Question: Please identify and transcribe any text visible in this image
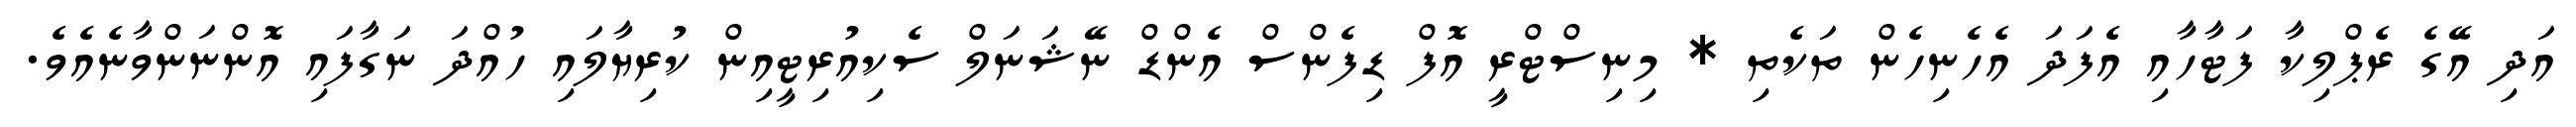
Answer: އަދި އޭގެ ރެޕްލިކާ ފަޓާހާއި އެފަދަ އެހެނިހެން ތަކެތި * މިނިސްޓްރީ އޮފް ޑިފެންސް އެންޑް ނޭޝަނަލް ސެކިއުރިޓީއިން ކުރިޔާލައި ހުއްދަ ނަގާފައި އޮންނަންވާނެއެވެ.